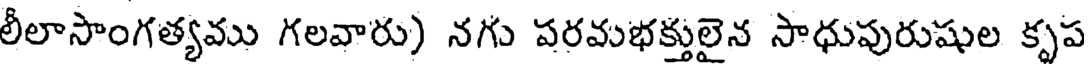
లీలాసాంగత్యము గలవారు) నగు పరమభక్తులైన సాధుపురుషుల కృప